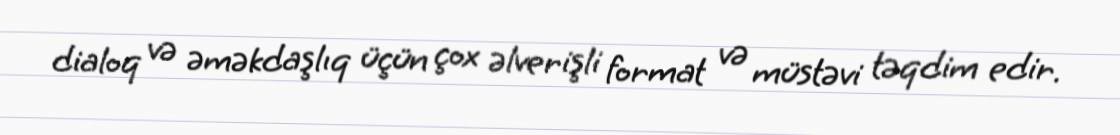
dialoq və əməkdaşlıq üçün çox əlverişli format və müstəvi təqdim edir.